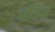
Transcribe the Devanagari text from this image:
चौकन